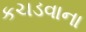
કચડવાના